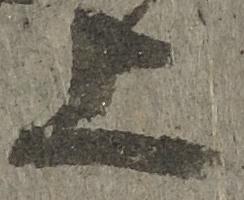
上